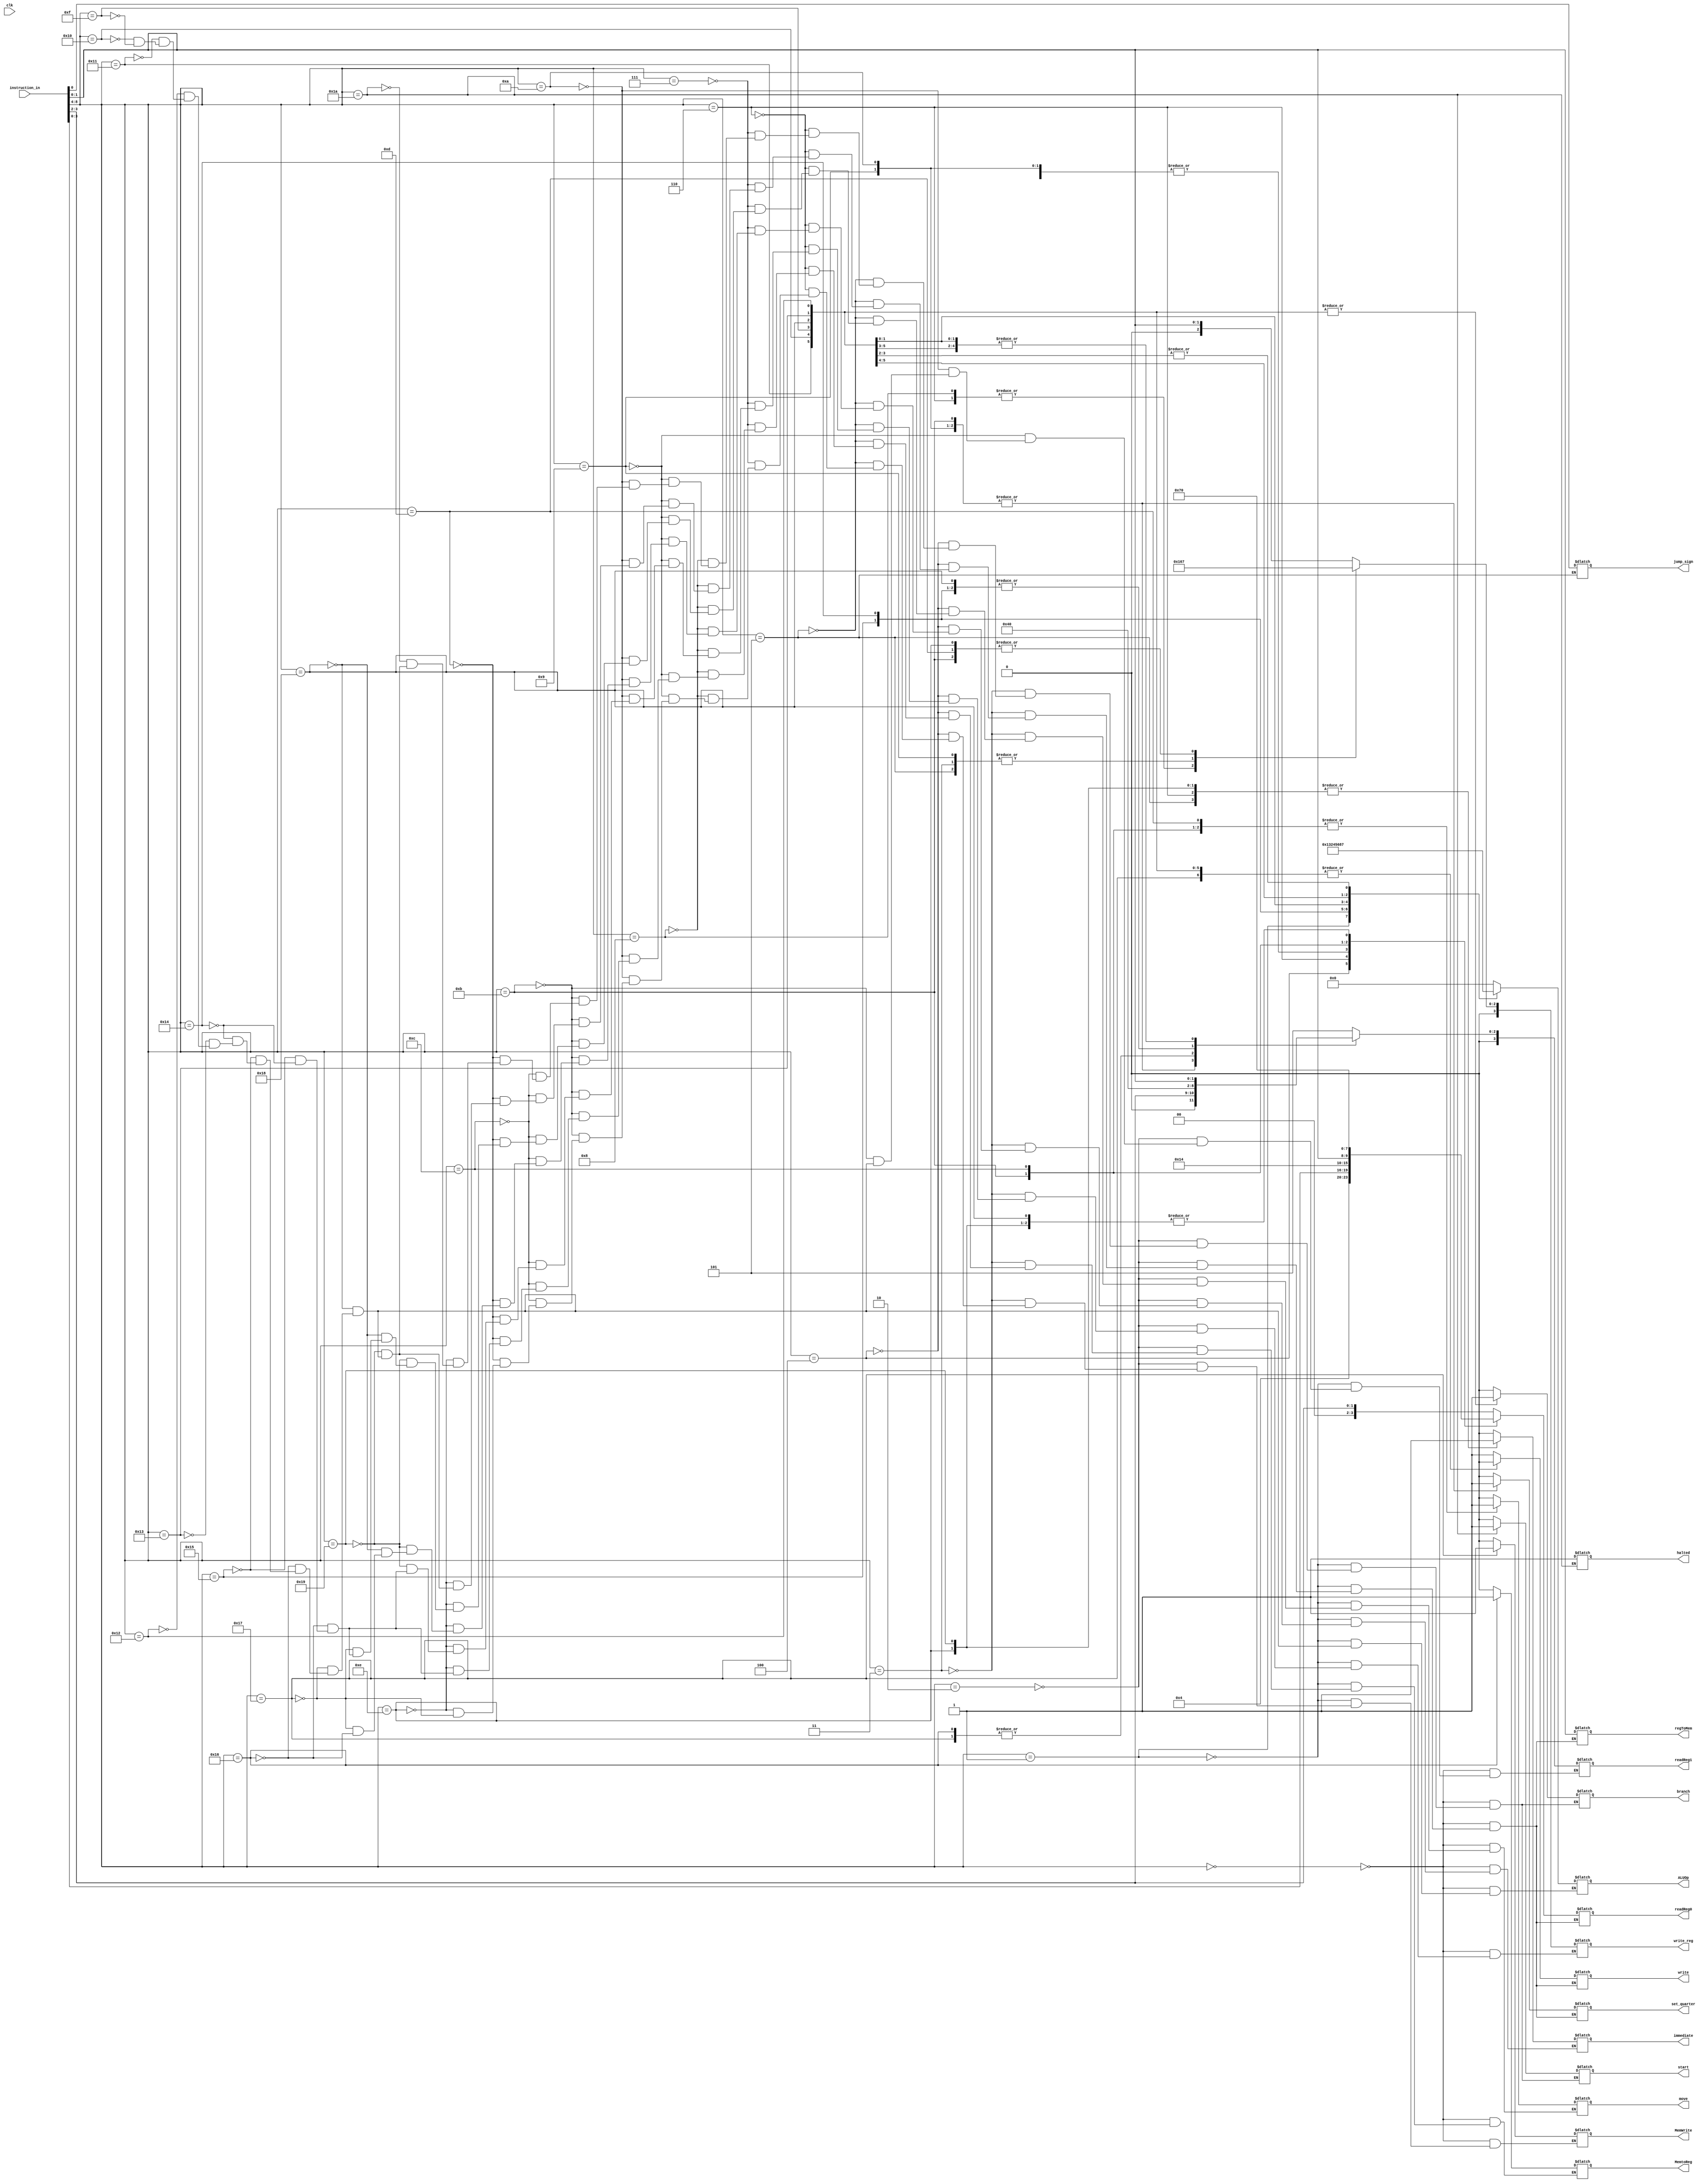
`timescale 1ns / 1ps
module Control_Unit(
	input clk,
	input [8:0] instruction_in,
	output start,
	output branch,
	output[3:0]readReg0,
	output[3:0]readReg1,
	output[3:0]write_reg,
	output write,
	output move,
	output [3:0] ALUOp,
	output MemtoReg,
	output MemWrite,
	output [1:0] regToMem,
	output jump_sign,
	output immediate,
	output set_quarter,
	output halted
);

   reg _start;
	reg _branch;
	reg[3:0] r0;
	reg[3:0] r1;
	reg[3:0] _wr;
	reg _write;
	reg _move;
	reg [3:0] aop;
	reg m2r;
	reg mw;
	reg _jump_sign;
	reg imm;
	reg _set_quarter;
	reg [1:0] _regToMem;
	reg _halted;
	
	integer dynamic_counter = -1;
	
	assign start = _start;
	assign branch = _branch;
	assign readReg0 = r0;
	assign readReg1 = r1;
	assign write_reg = _wr;
	assign write = _write;
	assign move = _move;
	assign ALUOp = aop;
	assign MemtoReg = m2r;
	assign MemWrite = mw;
	assign jump_sign = _jump_sign;
	assign immediate = imm;
	assign set_quarter = _set_quarter;
	assign regToMem = _regToMem;
	assign halted = _halted;
	
parameter	
		add			= 5'b00000,
		sub    		= 5'b00001,
		mv				= 5'b00010,
		mvToAdr    	= 5'b00011,
		mvAdr			= 5'b00100,
		rsAdr			= 5'b00101,
		seti			= 5'b00110,
		mvMath		= 5'b00111,
		mvToMath		= 5'b01000,
		mathToAdr	= 5'b01001,
		setReg		= 5'b01010,
		setCnt		= 5'b01011,
		mvCnt		   = 5'b01100,
		mvToCnt		= 5'b01101,
		rsCnt			= 5'b01110,
		be				= 5'b01111,
		bne			= 5'b10000,
		bez			= 5'b10001,
		bltz		   = 5'b10010,
		bgte			= 5'b10011,
		evu			= 5'b10100,
		evl			= 5'b10101,
		ld				= 5'b10110,
		st		   	= 5'b10111,
		jump			= 5'b11000,
		zeroReg		= 5'b11001,
		halt			= 5'b11010,
		toBeDefined	= 5'b11011;
		
always@(instruction_in)
dynamic_counter = dynamic_counter + 1;
		
		
always @(*)
	begin
	case(instruction_in[8:4])
	
	add: begin  //ADD
			r0 <= instruction_in[3:2];
			r1 <= 5; //$math
			_wr <= instruction_in[1:0];
			_write <= 1;
			mw <= 0;
			m2r <= 0;
			_branch <= 0;
			_start <= 0;
			aop = 4'b0000;
			_move <= 0;
			imm <= 0;
			_set_quarter <= 0;
			_regToMem = 2'bxx;
			
		end
		
	sub: begin  //SUB
	      r0 <= instruction_in[3:2];
			r1 <= 5; //$math
			_wr <= instruction_in[1:0];
			_write <= 1;
			mw <= 0;
			m2r <= 0;
			_branch <= 0;
			_start <= 0;
			aop = 4'b0001;
			_move <= 0;
			imm <= 0;
			_set_quarter <= 0;
			_regToMem = 2'bxx;
			
		end
		
    mv: begin //MV
         r0 <= instruction_in[3:2];
    		r1 <= 5; //DC
			_wr <= instruction_in[1:0];
			_write <= 1;
			mw <= 0;
			m2r <= 0;
			_branch <= 0;
			_start <= 0;
			_move <= 1;
			imm <= 0;
			_set_quarter <= 0;
			_regToMem = 2'bxx;
			
    end
	 
	 mvToAdr: begin 
			r0 <= instruction_in[3:2];
    		//r1 <= 5; //DC
			_wr <= 4;
			_write <= 1;
			mw <= 0;
			m2r <= 0;
			_branch <= 0;
			_start <= 0;
			_move <= 1;
			imm <= 0;
			_set_quarter <= 0;
			_regToMem = 2'bxx;
		end
		
	 mvAdr: begin  
			r0 <= 4;
			//r1 <= 5; //$math
			_wr <= instruction_in[1:0];
			_write <= 1;
			mw <= 0;
			m2r <= 0;
			_branch <= 0;
			_start <= 0;
			_move <= 1;
			imm <= 0;
			_set_quarter <= 0;
			_regToMem = 2'bxx;
	 end
	
	 rsAdr: begin  
			r0 <= 0;
			//r1 <= 5; //$math
			_wr <= 4;
			_write <= 1;
			mw <= 0;
			m2r <= 0;
			_branch <= 0;
			_start <= 0;
			_move <= 0;
			imm <= 1;
			_set_quarter <= 0;
			_jump_sign = instruction_in[0];
			_regToMem = 2'bxx;
	 end
		
	 seti: begin  
			r0 <= instruction_in[3:0];
			//r1 <= 5; //$math
			_wr <= 5; //$math
			_write <= 1;
			mw <= 0;
			m2r <= 0;
			_branch <= 0;
			_start <= 0;
			_move <= 0;
			imm <= 1;
			_set_quarter <= 0;
			_regToMem = 2'bxx;
	 end
		
		mvMath: begin  
			r0 <= 5;
			//r1 <= 5; //$math
			_wr <= instruction_in[1:0];
			_write <= 1;
			mw <= 0;
			m2r <= 0;
			_branch <= 0;
			_start <= 0;
			_move <= 1;
			imm <= 0;
			_set_quarter <= 0;
			_regToMem = 2'bxx;
		end
		
		mvToMath: begin  
			r0 <= instruction_in[3:2];
			//r1 <= instruction_in[3:2];
			_wr <= 5; //$math
			_write <= 1;
			mw <= 0;
			m2r <= 0;
			_branch <= 0;
			_start <= 0;
			_move <= 1;
			imm <= 0;
			_set_quarter <= 0;
			_regToMem = 2'bxx;
		end
		
		
		mathToAdr: begin  
			r0 <= 5; //$math
			r1 <= instruction_in[3:2]; 
			_wr <= 4; //$adr
			_write <= 1;
			mw <= 0;
			m2r <= 0;
			_branch <= 0;
			_start <= 0;
			_move <= 1;
			imm <= 0;
			_set_quarter <= 1;
			_regToMem = 2'bxx;
		end
		
		setReg: begin  
			r0 <= 5; //$math
			r1 <= instruction_in[3:2];  
			_wr <= instruction_in[1:0]; 
			_write <= 1;
			mw <= 0;
			m2r <= 0;
			_branch <= 0;
			_start <= 0;
			_move <= 1;
			imm <= 0;
			_set_quarter <= 1;
			_regToMem = 2'bxx;
		end
		
		setCnt: begin  
			r0 <= instruction_in[1:0]; 
			r1 <= instruction_in[3:2];  
			_wr <= 7; //$cnt
			_write <= 1;
			mw <= 0;
			m2r <= 0;
			_branch <= 0;
			_start <= 0;
			_move <= 1;
			imm <= 0;
			_set_quarter <= 1;
			_regToMem = 2'bxx;
		end
		
		mvCnt: begin  
			r0 <= 7; 
			//r1 <= instruction_in[3:2];  //$math
			_wr <= instruction_in[1:0]; 
			_write <= 1;
			mw <= 0;
			m2r <= 0;
			_branch <= 0;
			_start <= 0;
			_move <= 1;
			imm <= 0;
			_set_quarter <= 0;
			_regToMem = 2'bxx;
		end
		
		mvToCnt: begin  
			r0 <= instruction_in[3:2]; 
			//r1 <= instruction_in[3:2];  //$math
			_wr <= 7; 
			_write <= 1;
			mw <= 0;
			m2r <= 0;
			_branch <= 0;
			_start <= 0;
			_move <= 1;
			imm <= 0;
			_set_quarter <= 0;
			_regToMem = 2'bxx;
		end
		
		rsCnt: begin  
			r0 <= 0; 
			//r1 <= instruction_in[3:2];  //$math
			_wr <= 7; 
			_write <= 1;
			mw <= 0;
			m2r <= 0;
			_branch <= 0;
			_start <= 0;
			_move <= 0;
			imm <= 1;
			_set_quarter <= 0;
			_regToMem = 2'bxx;
		end
		
		halt: begin //halt
			  _branch = 0;
			  _start <= 1;
			  _halted <= 1;
		 end
		 
		zeroReg: begin //zeroReg
				r0 = 0;
			  _start = 0;
			  _branch = 0;
			  _write <= 1;
			  imm <= 1;
			  _move = 0;
			  _wr <= instruction_in[1:0];
			  _set_quarter <= 0;
			  _regToMem = 2'bxx;
		 end
		 
		jump: begin //jump
			  _write = 0;
			  _start = 0;
			  _branch <= 1;
			  _move = 0;
			  imm <= 0;
			  _set_quarter <= 0;
			  r0 <= 0;
			  r1 <= 0;
			  aop = 4'b0111; //eq
			  _regToMem = 2'bxx;

		 end
		 
		 st: begin //str
			  _start = 0;
			  _branch <= 0;
			  _write <= 0;
			  _move = 0;
			  imm <= 0;
			  _set_quarter <= 0;
			  r0 <= instruction_in[3:2];
			  r1 <= 4; //adr reg
			  _regToMem = instruction_in[1:0];
			  mw <= 1;
			  aop = 4'b0000; //add
		 end
		 
		ld: begin //ld
			  _start = 0;
			  _branch <= 0;
			  _write <= 1;
			  _move = 0;
			  m2r <= 1;
			  imm = 0;
			  _set_quarter = 0;
			  r0 <= instruction_in[3:2];
			  r1 <= 4; //adr reg
			  _wr <= instruction_in[1:0];
			  _regToMem = 2'bxx;
			  aop = 4'b0000; //add
		 end
		 
		 evl: begin //evl
			  _start = 0;
			  _branch <= 0;
			  _write <= 1;
			  _set_quarter <= 0;
			  r0 <= instruction_in[3:2];
			  r1 <= 0;
			  _move = 0;
			  _wr <= instruction_in[1:0];
			  aop = 4'b0011; //even_lower
			  _regToMem = 2'bxx;
			  m2r =0;
		 end
		 
		 evu: begin //evu
			  _start = 0;
			  _branch <= 0;
			  _write <= 1;
			  _set_quarter <= 0;
			  r0 <= instruction_in[3:2];
			  r1 <= 0;
			  _move = 0;
			  _wr <= instruction_in[1:0];
			  aop = 4'b0010; //even_upper
			  _regToMem = 2'bxx;
			  m2r =0;
		 end
		 
		 bgte: begin //bgte
			  _start = 0;
			  _branch <= 1;
			  _write <= 0;
			  _set_quarter <= 0;
			  r0 <= instruction_in[3:2];
			  r1 <= instruction_in[1:0];
			  aop = 4'b0100; //gte
			  _regToMem = 2'bxx;
		 end
		 
		 bltz: begin //bltz
			  _start = 0;
			  _branch <= 1;
			  _write <= 0;
			  _set_quarter <= 0;
			  r0 <= instruction_in[3:2];
			  r1 <= instruction_in[1:0];
			  aop = 4'b0101; //ltz
			  _regToMem = 2'bxx;
		 end    
		 
		 bez: begin //bez
			  _start = 0;
			  _branch <= 1;
			  _write <= 0;
			  _set_quarter <= 0;
			  r0 <= instruction_in[3:2];
			  r1 <= instruction_in[1:0];
			  aop = 4'b0110; //ez
			  _regToMem = 2'bxx;
		 end
		 
		 bne: begin //bne
			  _start = 0;
			  _branch <= 1;
			  _write <= 0;
			  _set_quarter <= 0;
			  r0 <= instruction_in[3:2];
			  r1 <= instruction_in[1:0];
			  aop = 4'b1000; //ne
			  _regToMem = 2'bxx;
		 end
		 
		 be: begin //be
			  _start = 0;
			  _branch <= 1;
			  _write <= 0;
			  _set_quarter <= 0;
			  r0 <= instruction_in[3:2];
			  r1 <= instruction_in[1:0];
			  aop = 4'b0111; //ne
			  _regToMem = 2'bxx;
		 end

	 
	endcase
end


endmodule